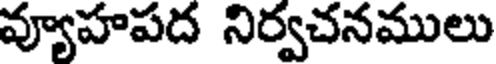
వ్యూహపద నిర్వచనములు